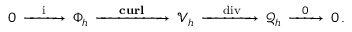
0 \, \xrightarrow [ ] { \, \, \, \, \, \mathrm { { ~ i ~ } } \, \, \, \, \, } \, \Phi _ { h } \, \xrightarrow [ ] { \quad \mathrm { { ~ \mathbf { { c u r l } } ~ } } \quad } \, \boldsymbol { \mathcal { V } } _ { h } \, \xrightarrow [ ] { \, \, \, \, \mathrm { { ~ \mathrm { ~ d i v } ~ } } \, \, \, \, } \, \mathcal { Q } _ { h } \, \xrightarrow [ ] { \, \, \, \, \, 0 \, \, \, \, \, } \, 0 \, .